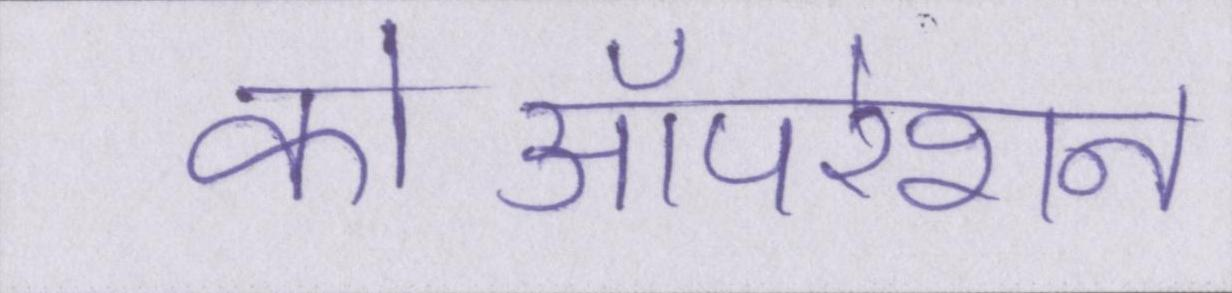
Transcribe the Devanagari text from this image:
कोऑपरेशन